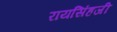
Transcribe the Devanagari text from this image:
रायसिंहजी